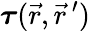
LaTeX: \boldsymbol{\tau}(\vec{r},\vec{r}\, ^{\prime})